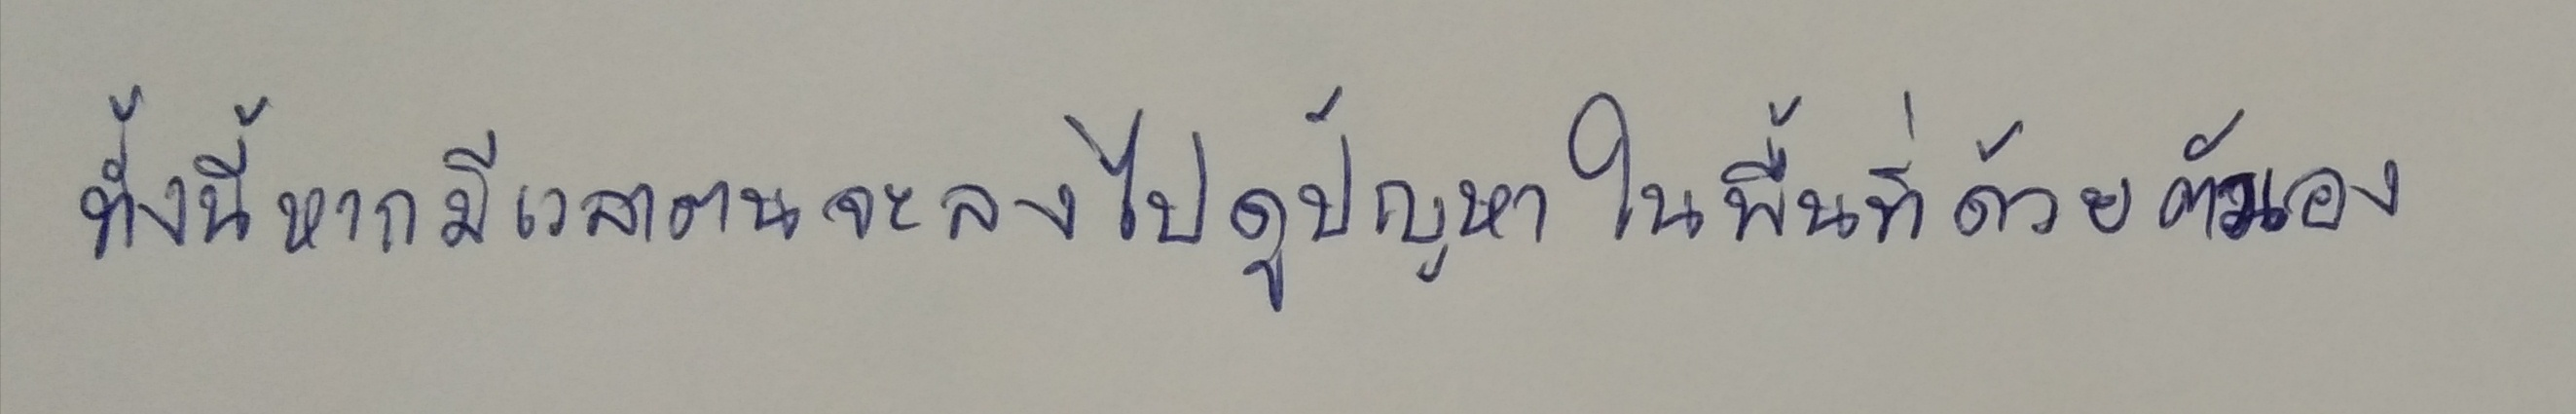
ทั้งนี้หากมีเวลาตนจะลงไปดูปัญหาในพื้นที่ด้วยตัวเอง